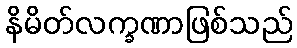
နိမိတ်လက္ခဏာဖြစ်သည်